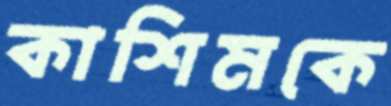
কাশিমকে